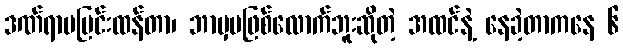
ဒဏ်ရာမပြင်းထန်တာ၊ ဘာမှမဖြစ်လောက်ဘူးဆိုတဲ့ အထင်နဲ့ နေခဲ့တာကနေ ၆